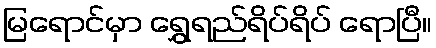
မြရောင်မှာ ရွှေရည်ရိပ်ရိပ် ရောပြီ။